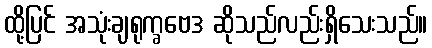
ထို့ပြင် အသုံးချရုက္ခဗေဒ ဆိုသည်လည်းရှိသေးသည်။